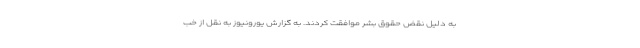
به دلیل نقض حقوق بشر موافقت کردند. به گزارش یورونیوز به نقل از خب